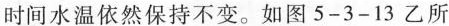
时间水温依然保持不变。如图5-3-13乙所